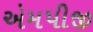
એમપીજી